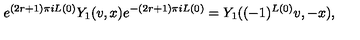
e ^ { ( 2 r + 1 ) \pi i L ( 0 ) } Y _ { 1 } ( v , x ) e ^ { - ( 2 r + 1 ) \pi i L ( 0 ) } = Y _ { 1 } ( ( - 1 ) ^ { L ( 0 ) } v , - x ) ,